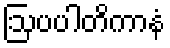
ဩပပါတိကာနံ